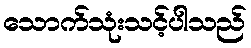
သောက်သုံးသင့်ပါသည်